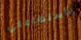
بأستطاعتي